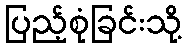
ပြည့်စုံခြင်းသို့